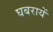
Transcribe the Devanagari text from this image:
घबरायें